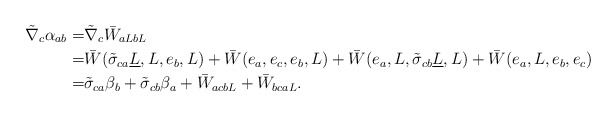
\begin{align*}\tilde \nabla_c \alpha_{ab} =& \tilde \nabla_c \bar W_{aLbL}\\=& \bar W(\tilde{\sigma}_{ca} \underline{L}, L , e_b, L) + \bar W(e_a, e_c, e_b, L)+\bar W(e_a, L, \tilde{\sigma}_{cb}\underline L, L)+ \bar W(e_a, L, e_b, e_c) \\=& \tilde{\sigma}_{ca} \beta_b+\tilde{\sigma}_{cb} \beta_a+\bar W_{acbL}+\bar W_{bcaL}.\end{align*}